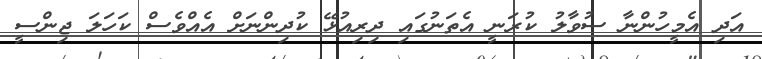
އަދި އެމީހުންނާ ސުވާލު ކުރަނީ އެތަނުގައި ދިރިއުޅޭ ކުދިންނަށް އެއްވެސް ކަހަލަ ޖިންސީ